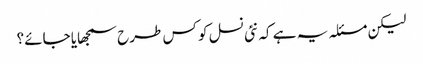
لیکن مسئلہ یہ ہے کہ نئی نسل کو کس طرح سمجھایا جائے؟